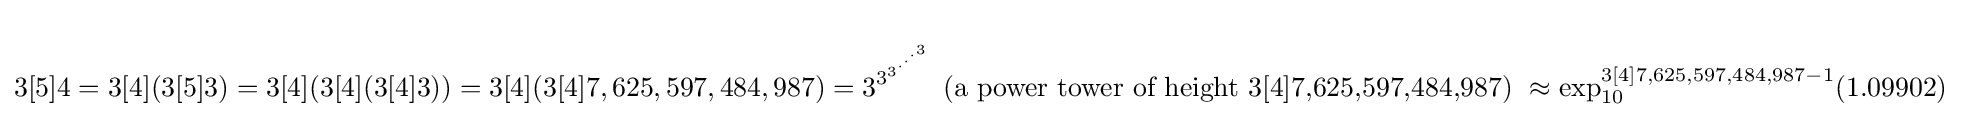
3[5]4=3[4](3[5]3)=3[4](3[4](3[4]3))=3[4](3[4]7,625,597,484,987)=3^{3^{3^{\cdot ^{\cdot ^{\cdot ^{3}}}}}}{\mbox{ (a power tower of height 3[4]7,625,597,484,987) }}\approx \exp _{10}^{3[4]7,625,597,484,987-1}(1.09902)